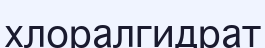
хлоралгидрат